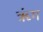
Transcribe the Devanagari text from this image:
ॠंग